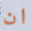
ان